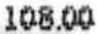
108.00